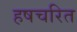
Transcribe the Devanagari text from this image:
हषचरित